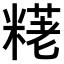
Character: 𫃊